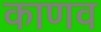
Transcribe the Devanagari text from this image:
काणव